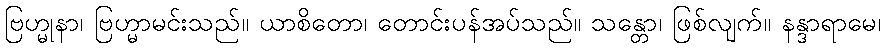
ဗြဟ္မုနာ၊ ဗြဟ္မာမင်းသည်။ ယာစိတော၊ တောင်းပန်အပ်သည်။ သန္တော၊ ဖြစ်လျက်။ နန္ဒာရာမေ၊